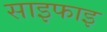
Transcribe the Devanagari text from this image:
साइफाइ